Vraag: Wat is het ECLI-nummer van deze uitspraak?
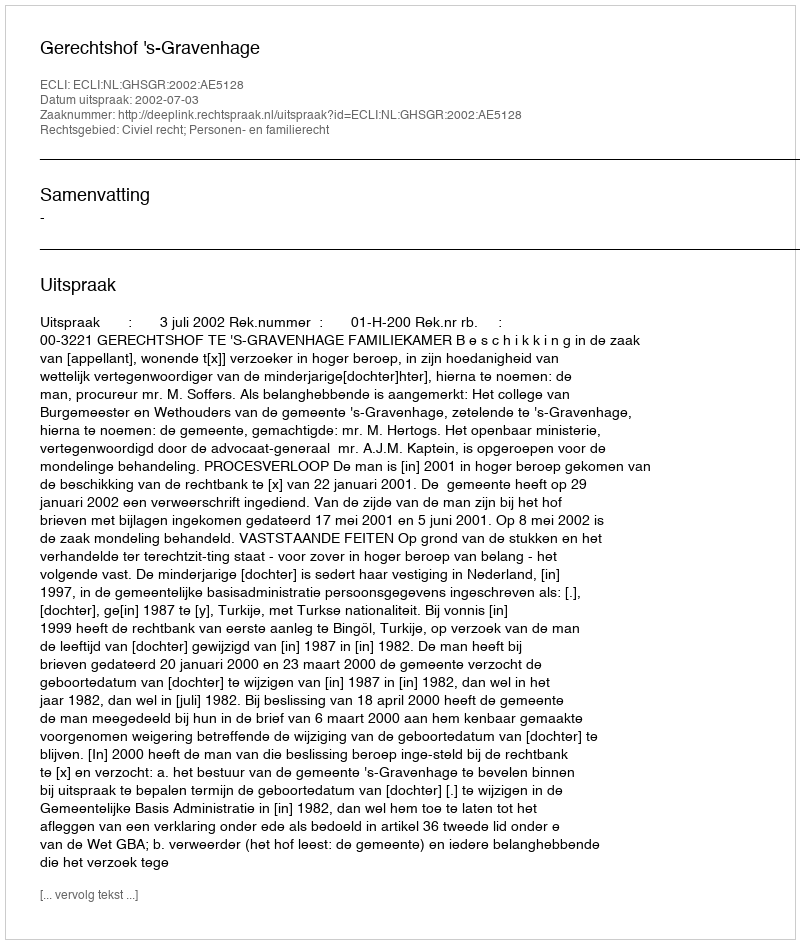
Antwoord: ECLI:NL:GHSGR:2002:AE5128